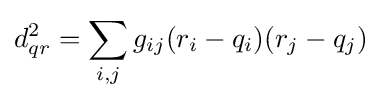
d_{qr}^{2}=\sum _{i,j}g_{ij}(r_{i}-q_{i})(r_{j}-q_{j})